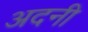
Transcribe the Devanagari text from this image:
अदनी